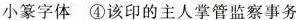
小篆字体④该印的主人掌管监察事务